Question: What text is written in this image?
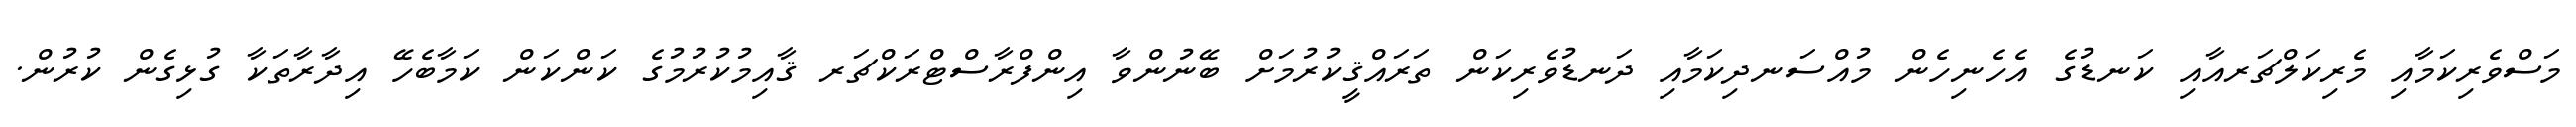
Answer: މަސްވެރިކަމާއި މެރިކަލްޗަރއާއި ކަނޑުގެ އެހެނިހެން މުއްސަނދިކަމާއި ދަނޑުވެރިކަން ތަރައްޤީކުރުމަށް ބޭނުންވާ އިންފްރާސްޓްރަކްޗަރ ޤާއިމުކުރުމުގެ ކަންކަން ކަމާބެހޭ އިދާރާތަކާ ގުޅިގެން ކުރުން.